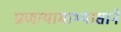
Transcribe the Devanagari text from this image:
प्राणायामाभ्यासाने